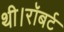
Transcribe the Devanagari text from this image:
थी।रॉबर्ट